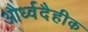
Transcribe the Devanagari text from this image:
और्ध्वदैहीक